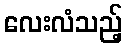
လေးလံသည့်